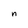
Character: n